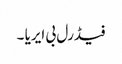
فیڈرل بی ایریا ۔